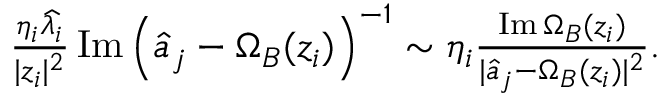
\begin{array} { r } { \frac { \eta _ { i } \widehat { \lambda _ { i } } } { | z _ { i } | ^ { 2 } } \operatorname { I m } \left( \widehat { a } _ { j } - \Omega _ { B } ( z _ { i } ) \right) ^ { - 1 } \sim \eta _ { i } \frac { \operatorname { I m } \Omega _ { B } ( z _ { i } ) } { | \widehat { a } _ { j } - \Omega _ { B } ( z _ { i } ) | ^ { 2 } } . } \end{array}